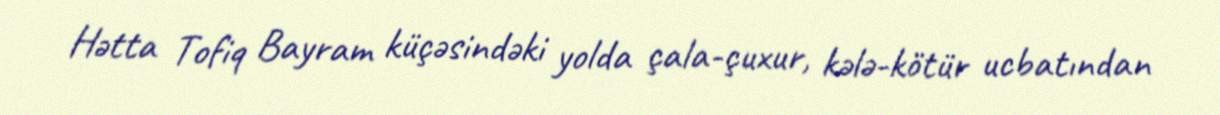
Hətta Tofiq Bayram küçəsindəki yolda çala-çuxur, kələ-kötür ucbatından